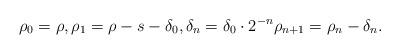
LaTeX: \begin{align*} \rho_0=\rho,\rho_1=\rho-s-\delta_0,\delta_n=\delta_0\cdot 2^{-n} \rho_{n+1}=\rho_{n}-\delta_n.\end{align*}